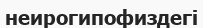
неирогипофиздегі